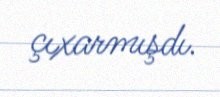
çıxarmışdı.